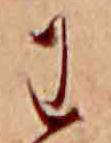
わ